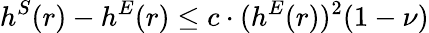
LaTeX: h^{S}(r)-h^{E}(r)\leq c\cdot(h^{E}(r))^{2}(1-\nu)